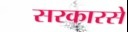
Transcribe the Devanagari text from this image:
सरकारसे